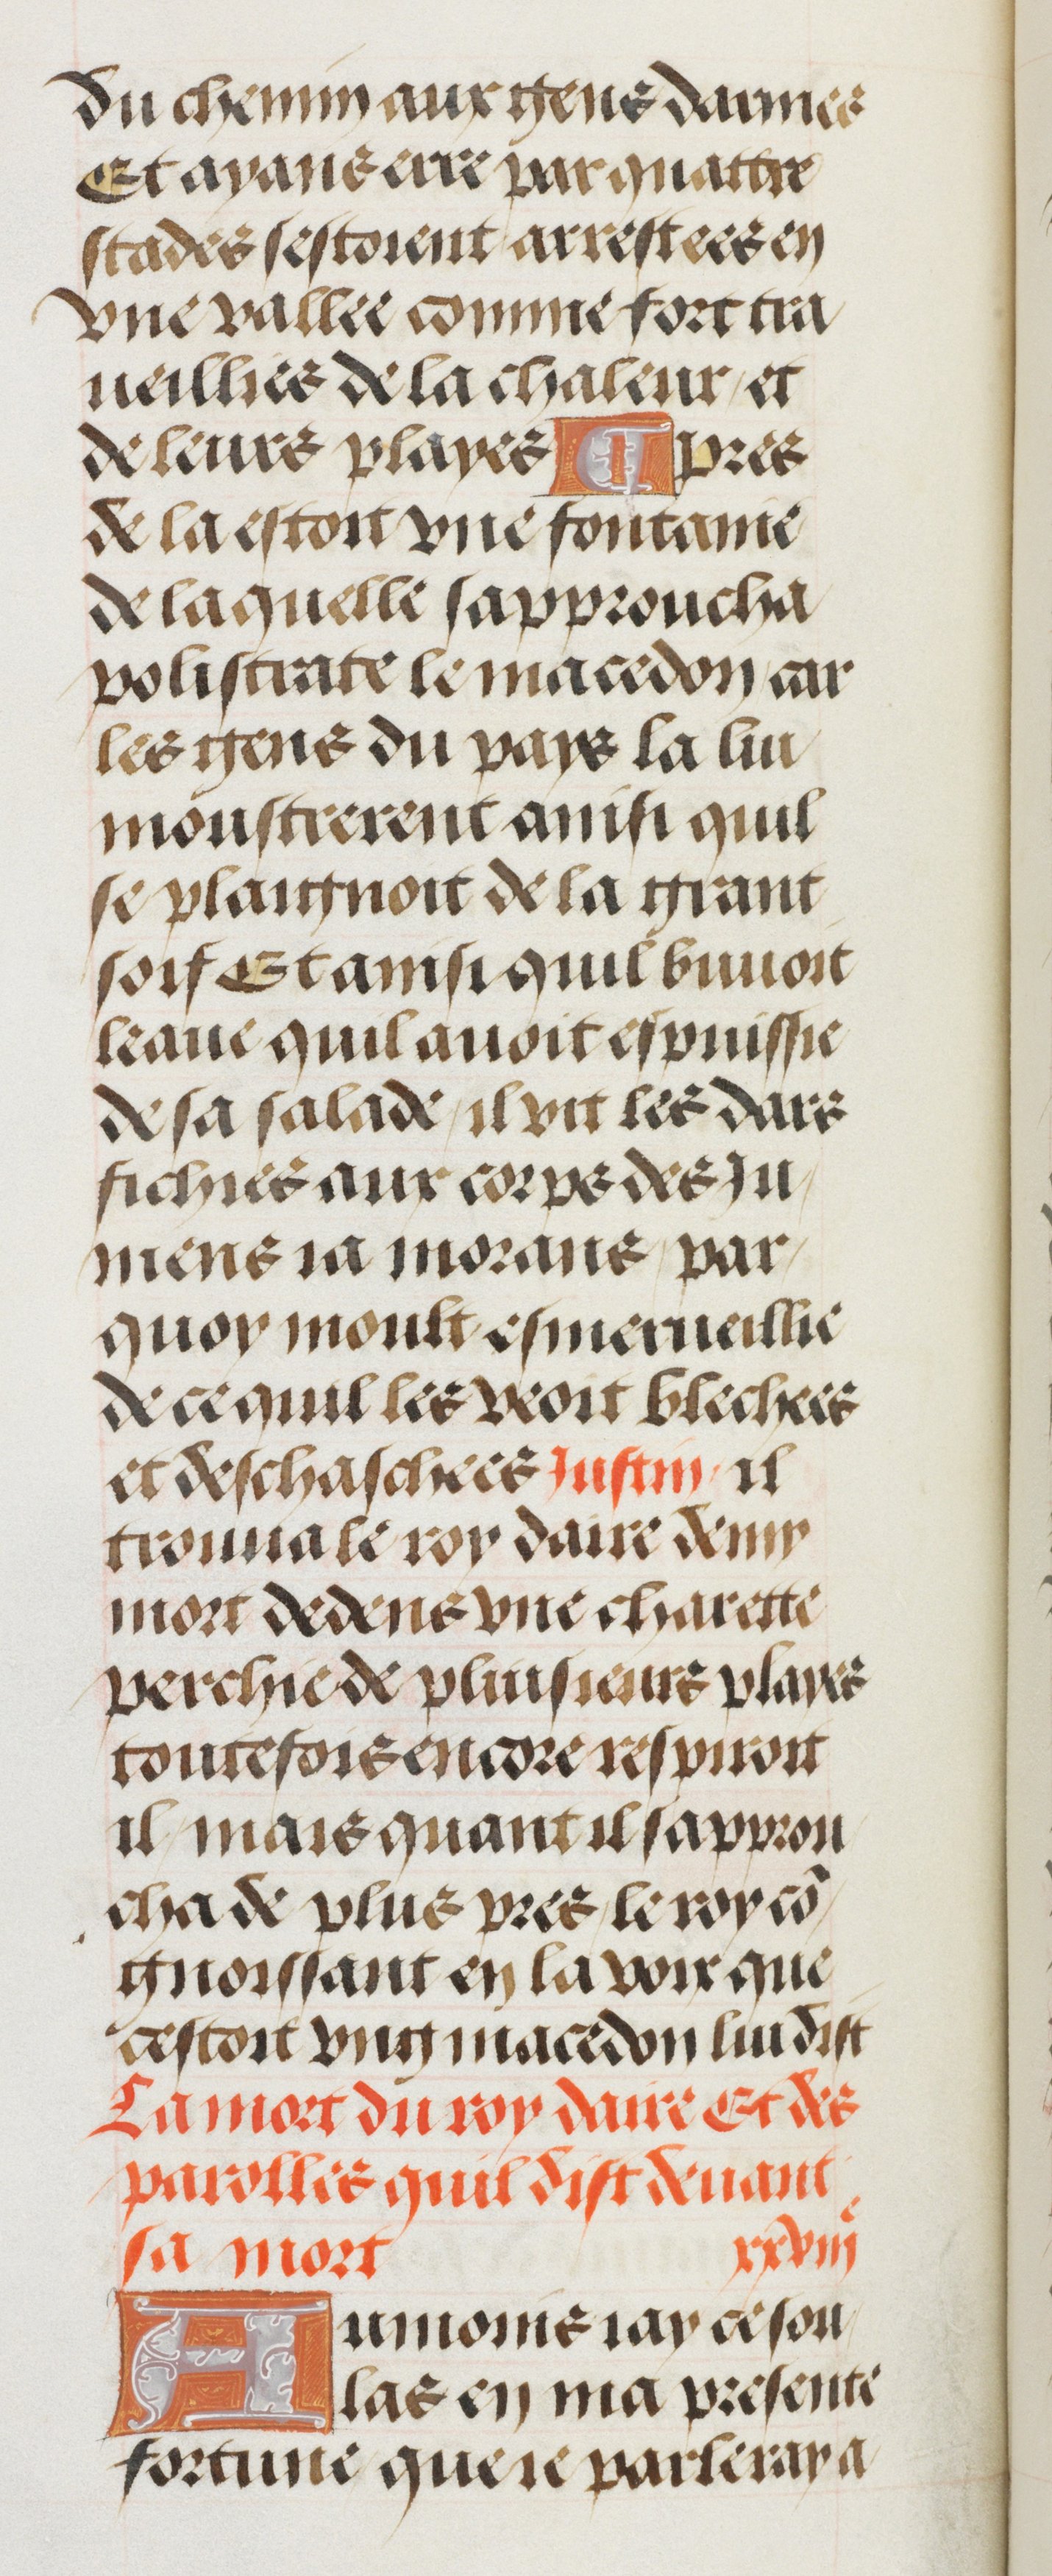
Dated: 1460–1515